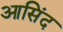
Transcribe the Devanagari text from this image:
आसिंद